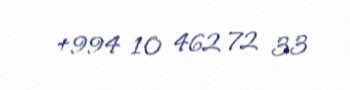
+994 10 462 72 33